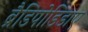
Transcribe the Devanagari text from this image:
ब्रैडिपोडिडाए